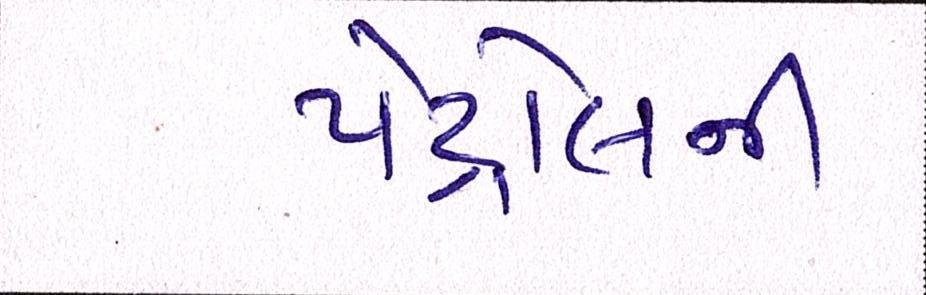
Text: પેટ્રોલની